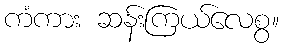
ကံကား ဆန်းကြယ်လေစွ။